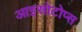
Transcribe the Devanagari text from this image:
आइसोटोप्स